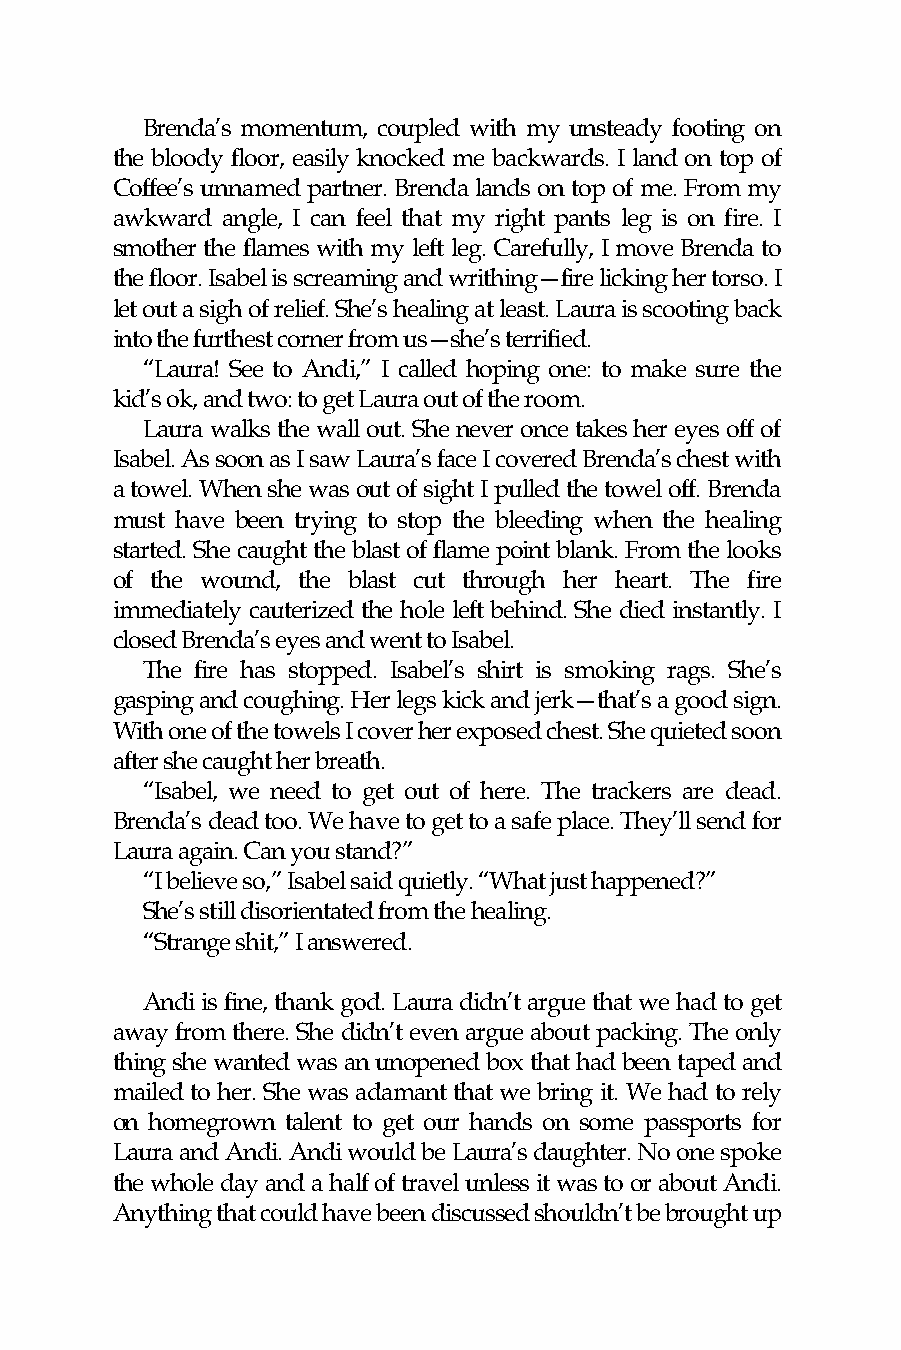
Brenda’s momentum, coupled with my unsteady footing on
 the bloody floor, easily knocked me backwards. I land on top of
 Coffee’s unnamed partner. Brenda lands on top of me. From my
 awkward angle, I can feel that my right pants leg is on fire. I
 smother the flames with my left leg. Carefully, I move Brenda to
 the floor. Isabel is screaming and writhing—fire licking her torso. I
 let out a sigh of relief. She’s healing at least. Laura is scooting back
 into the furthest corner from us—she’s terrified.
 “Laura! See to Andi,” I called hoping one: to make sure the
 kid’s ok, and two: to get Laura out of the room.
 Laura walks the wall out. She never once takes her eyes off of
 Isabel. As soon as I saw Laura’s face I covered Brenda’s chest with
 a towel. When she was out of sight I pulled the towel off. Brenda
 must have been trying to stop the bleeding when the healing
 started. She caught the blast of flame point blank. From the looks
 of the wound, the blast cut through her heart. The fire
 immediately cauterized the hole left behind. She died instantly. I
 closed Brenda’s eyes and went to Isabel.
 The fire has stopped. Isabel’s shirt is smoking rags. She’s
 gasping and coughing. Her legs kick and jerk—that’s a good sign.
 With one of the towels I cover her exposed chest. She quieted soon
 after she caught her breath.
 “Isabel, we need to get out of here. The trackers are dead.
 Brenda’s dead too. We have to get to a safe place. They’ll send for
 Laura again. Can you stand?”
 “I believe so,” Isabel said quietly. “What just happened?”
 She’s still disorientated from the healing.
 “Strange shit,” I answered.
 Andi is fine, thank god. Laura didn’t argue that we had to get
 away from there. She didn’t even argue about packing. The only
 thing she wanted was an unopened box that had been taped and
 mailed to her. She was adamant that we bring it. We had to rely
 on homegrown talent to get our hands on some passports for
 Laura and Andi. Andi would be Laura’s daughter. No one spoke
 the whole day and a half of travel unless it was to or about Andi.
 Anything that could have been discussed shouldn’t be brought up